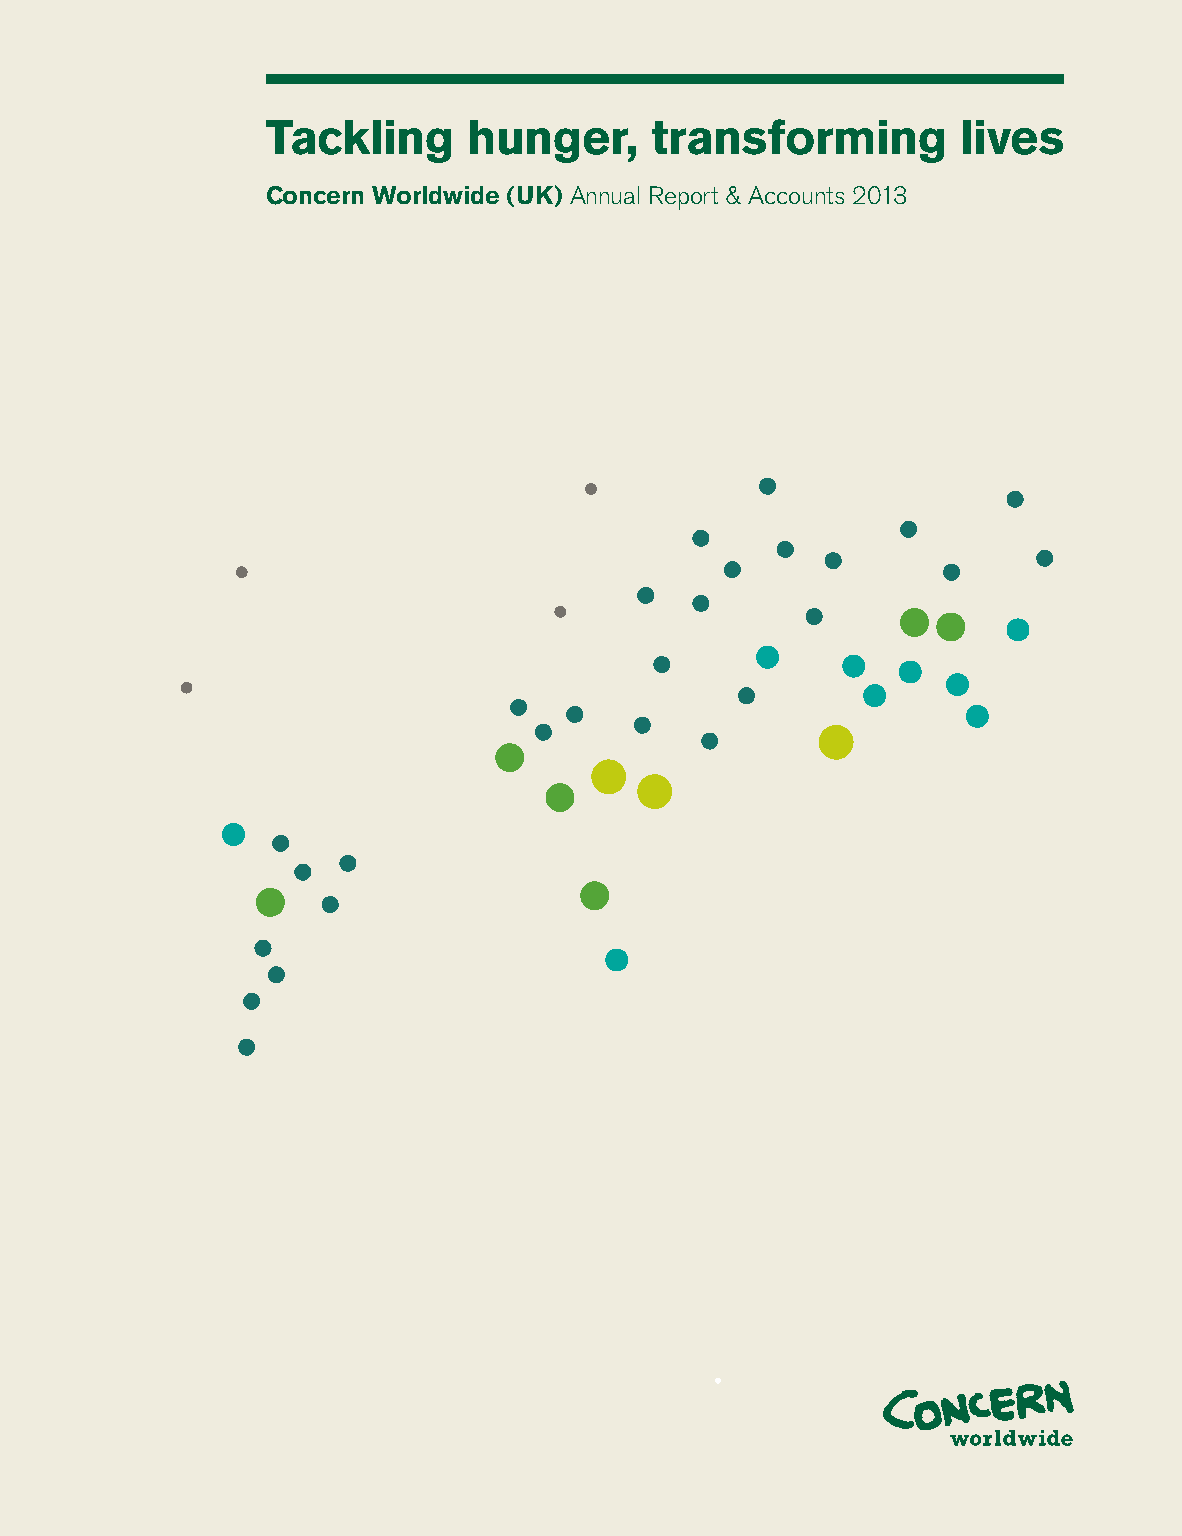
www.concern.net   Tackling     hunger,     transforming         lives
 Concern Worldwide (UK) Annual Report & Accounts 2013
 England and Wales
 13/14 Calico House
 Clove Hitch Quay
 London
 SW11 3TN
 00 44 207 801 1850
 londoninfo@concern.net
 Northern Ireland
 47 Frederick Street
 Belfast
 BT1 2LW
 00 44 28 9033 1100
 belfastinfo@concern.net
 Scotland
 Regent House
 113 West Regent Street
 Glasgow
 G2 2RU
 00 44 141 221 3610
 glasgow.info@concern.net
 Republic of Ireland
 52-55 Lower Camden Street
 Dublin 2
 00 353 1 417 77 00
 info@concern.net
 USA
 355 Lexington Avenue
 19th Floor
 New York
 NY 10017
 00 1 212 5578 000
 info.usa@concern.net
 Design:
 www.reddog.ie
 Concern
 Worldwide
 (UK)
 Annual
 Report
 &
 Accounts
 2013